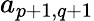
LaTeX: a_{p+1,q+1}